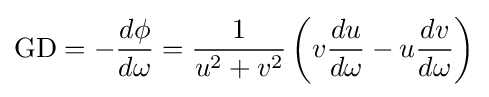
{\text{GD}}=-{\frac {d\phi }{d\omega }}={\frac {1}{u^{2}+v^{2}}}\left(v{\frac {du}{d\omega }}-u{\frac {dv}{d\omega }}\right)